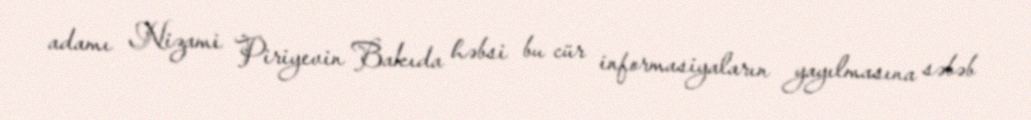
adamı Nizami Piriyevin Bakıda həbsi bu cür informasiyaların yayılmasına səbəb